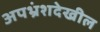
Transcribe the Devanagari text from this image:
अपभ्रंशदेखील